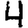
Digit: 4